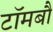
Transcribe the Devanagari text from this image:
टॉमबौ